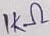
Text: 1KΩ